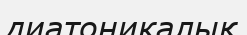
диатоникалық